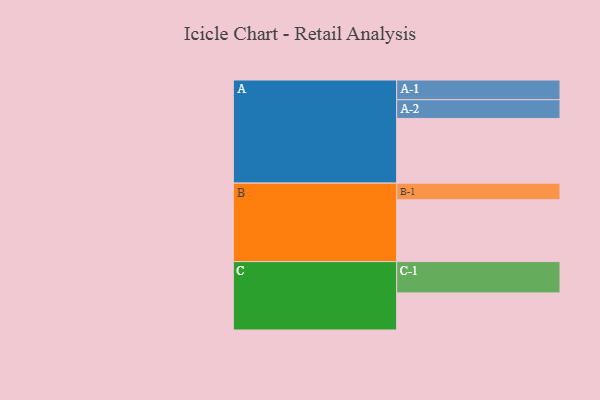
{"axis": {"x": "Segment", "y": "Value"}, "legend": ["", "A", "B", "C"], "data": [{"x": "A", "y": 525, "type": ""}, {"x": "B", "y": 502, "type": ""}, {"x": "C", "y": 301, "type": ""}, {"x": "A-1", "y": 160, "type": "A"}, {"x": "A-2", "y": 152, "type": "A"}, {"x": "B-1", "y": 135, "type": "B"}, {"x": "C-1", "y": 254, "type": "C"}]}